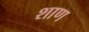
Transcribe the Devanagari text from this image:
शाण